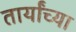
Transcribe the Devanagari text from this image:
तार्यांच्या